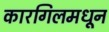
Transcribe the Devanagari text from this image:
कारगिलमधून